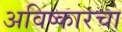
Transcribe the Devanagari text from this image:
अविष्कारचा